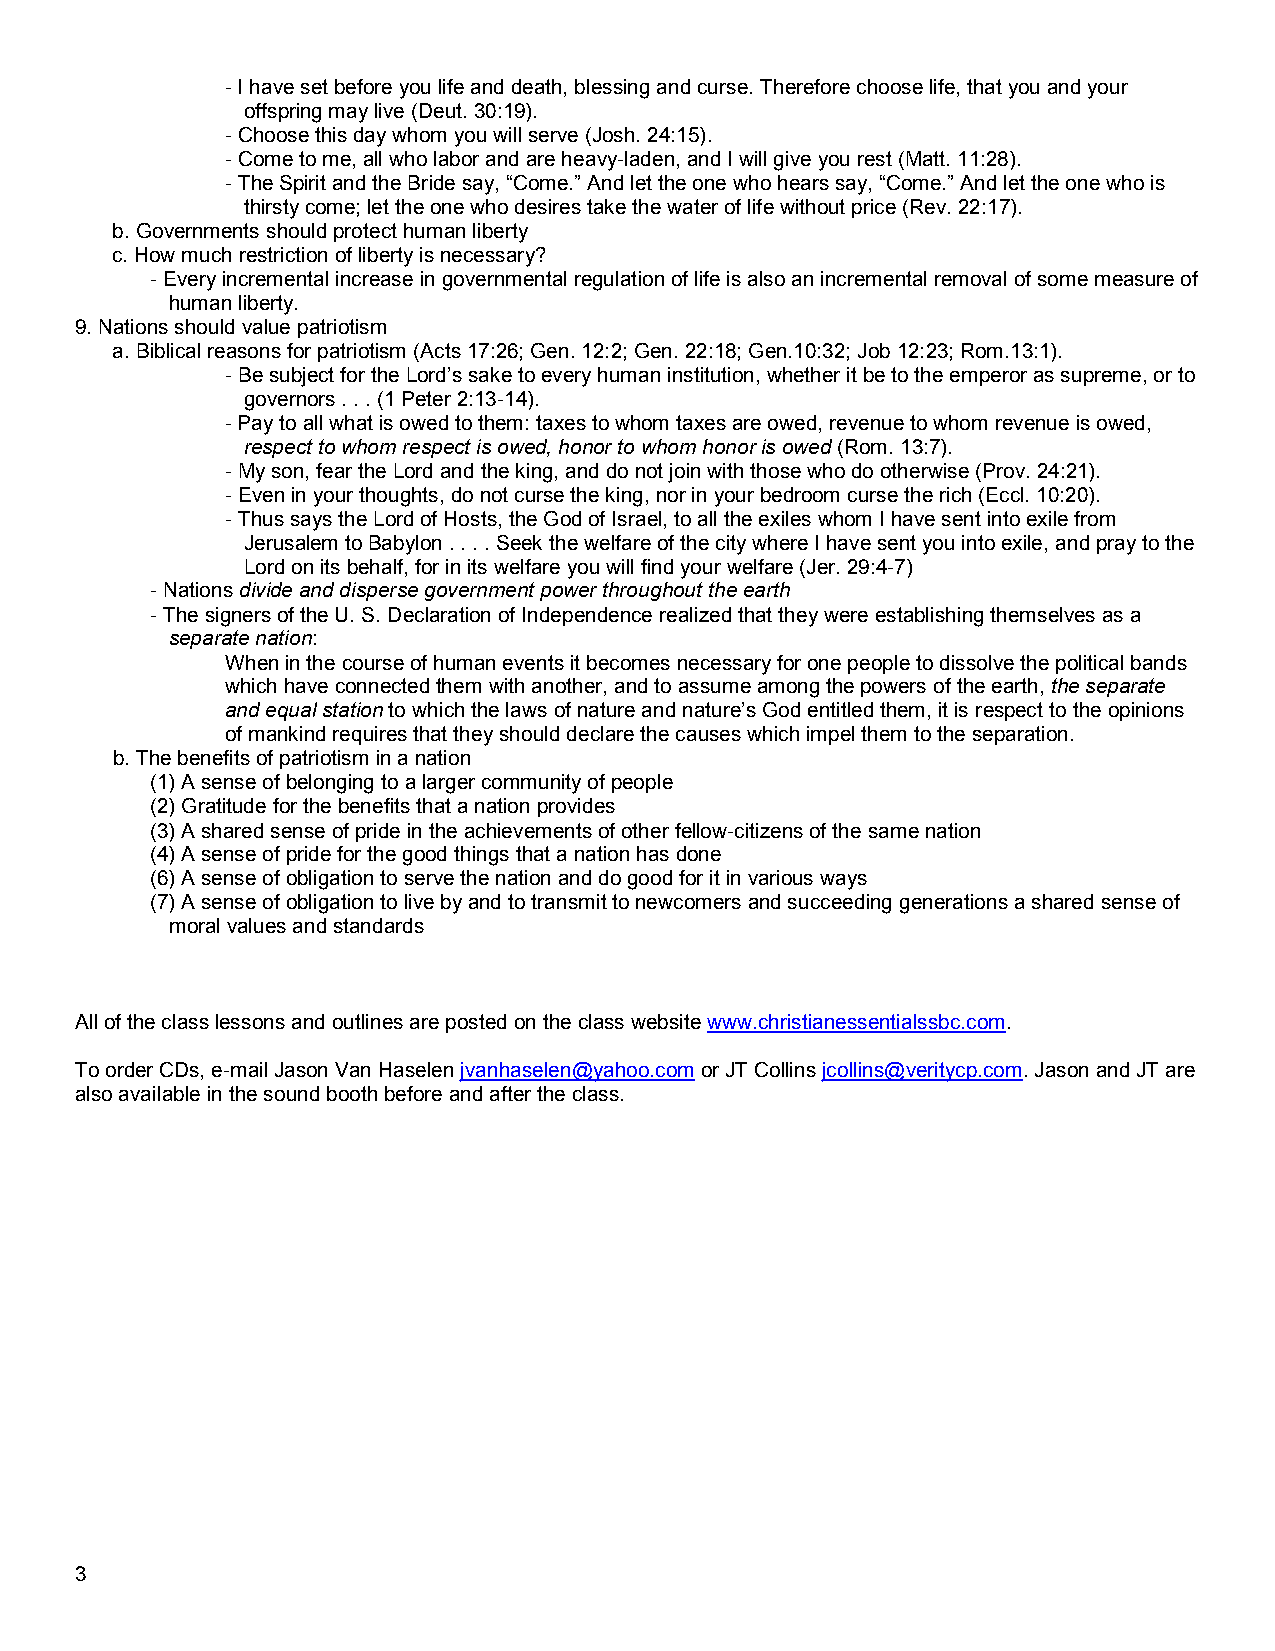
- I have set before you life and death, blessing and curse. Therefore choose life, that you and your
 offspring may live (Deut. 30:19).
 - Choose this day whom you will serve (Josh. 24:15).
 - Come to me, all who labor and are heavy-laden, and I will give you rest (Matt. 11:28).
 - The Spirit and the Bride say, “Come.” And let the one who hears say, “Come.” And let the one who is
 thirsty come; let the one who desires take the water of life without price (Rev. 22:17).
 b. Governments should protect human liberty
 c. How much restriction of liberty is necessary?
 - Every incremental increase in governmental regulation of life is also an incremental removal of some measure of
 human liberty.
 9. Nations should value patriotism
 a. Biblical reasons for patriotism (Acts 17:26; Gen. 12:2; Gen. 22:18; Gen.10:32; Job 12:23; Rom.13:1).
 - Be subject for the Lord’s sake to every human institution, whether it be to the emperor as supreme, or to
 governors . . . (1 Peter 2:13-14).
 - Pay to all what is owed to them: taxes to whom taxes are owed, revenue to whom revenue is owed,
 respect to whom respect is owed, honor to whom honor is owed (Rom. 13:7).
 - My son, fear the Lord and the king, and do not join with those who do otherwise (Prov. 24:21).
 - Even in your thoughts, do not curse the king, nor in your bedroom curse the rich (Eccl. 10:20).
 - Thus says the Lord of Hosts, the God of Israel, to all the exiles whom I have sent into exile from
 Jerusalem to Babylon . . . . Seek the welfare of the city where I have sent you into exile, and pray to the
 Lord on its behalf, for in its welfare you will find your welfare (Jer. 29:4-7)
 - Nations divide and disperse government power throughout the earth
 - The signers of the U. S. Declaration of Independence realized that they were establishing themselves as a
 separate nation:
 When in the course of human events it becomes necessary for one people to dissolve the political bands
 which have connected them with another, and to assume among the powers of the earth, the separate
 and equal station to which the laws of nature and nature’s God entitled them, it is respect to the opinions
 of mankind requires that they should declare the causes which impel them to the separation.
 b. The benefits of patriotism in a nation
 (1) A sense of belonging to a larger community of people
 (2) Gratitude for the benefits that a nation provides
 (3) A shared sense of pride in the achievements of other fellow-citizens of the same nation
 (4) A sense of pride for the good things that a nation has done
 (6) A sense of obligation to serve the nation and do good for it in various ways
 (7) A sense of obligation to live by and to transmit to newcomers and succeeding generations a shared sense of
 moral values and standards
 All of the class lessons and outlines are posted on the class website www.christianessentialssbc.com.
 To order CDs, e-mail Jason Van Haselen jvanhaselen@yahoo.com or JT Collins jcollins@veritycp.com. Jason and JT are
 also available in the sound booth before and after the class.
 3